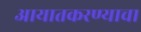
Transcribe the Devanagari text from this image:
आयातकरण्याचा